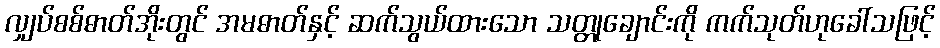
လျှပ်စစ်ဓာတ်အိုးတွင် အမဓာတ်နှင့် ဆက်သွယ်ထားသော သတ္တုချောင်းကို ကက်သုတ်ဟုခေါ်သဖြင့်